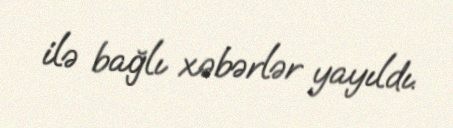
ilə bağlı xəbərlər yayıldı.